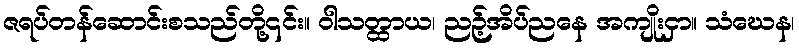
ဇရပ်တန်ဆောင်းစသည်တို့၎င်း။ ဝါသတ္ထာယ၊ ညဉ့်အိပ်ညနေ အကျိုးငှာ။ သံဃေန၊